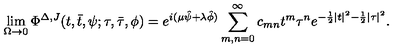
\lim _ { \Omega \to 0 } \Phi ^ { \Delta , J } ( t , \bar { t } , \psi ; \tau , \bar { \tau } , \phi ) = e ^ { i ( \mu \hat { \psi } + \lambda \hat { \phi } ) } \sum _ { m , n = 0 } ^ { \infty } c _ { m n } t ^ { m } \tau ^ { n } e ^ { - \frac { 1 } { 2 } | t | ^ { 2 } - \frac { 1 } { 2 } | \tau | ^ { 2 } } .